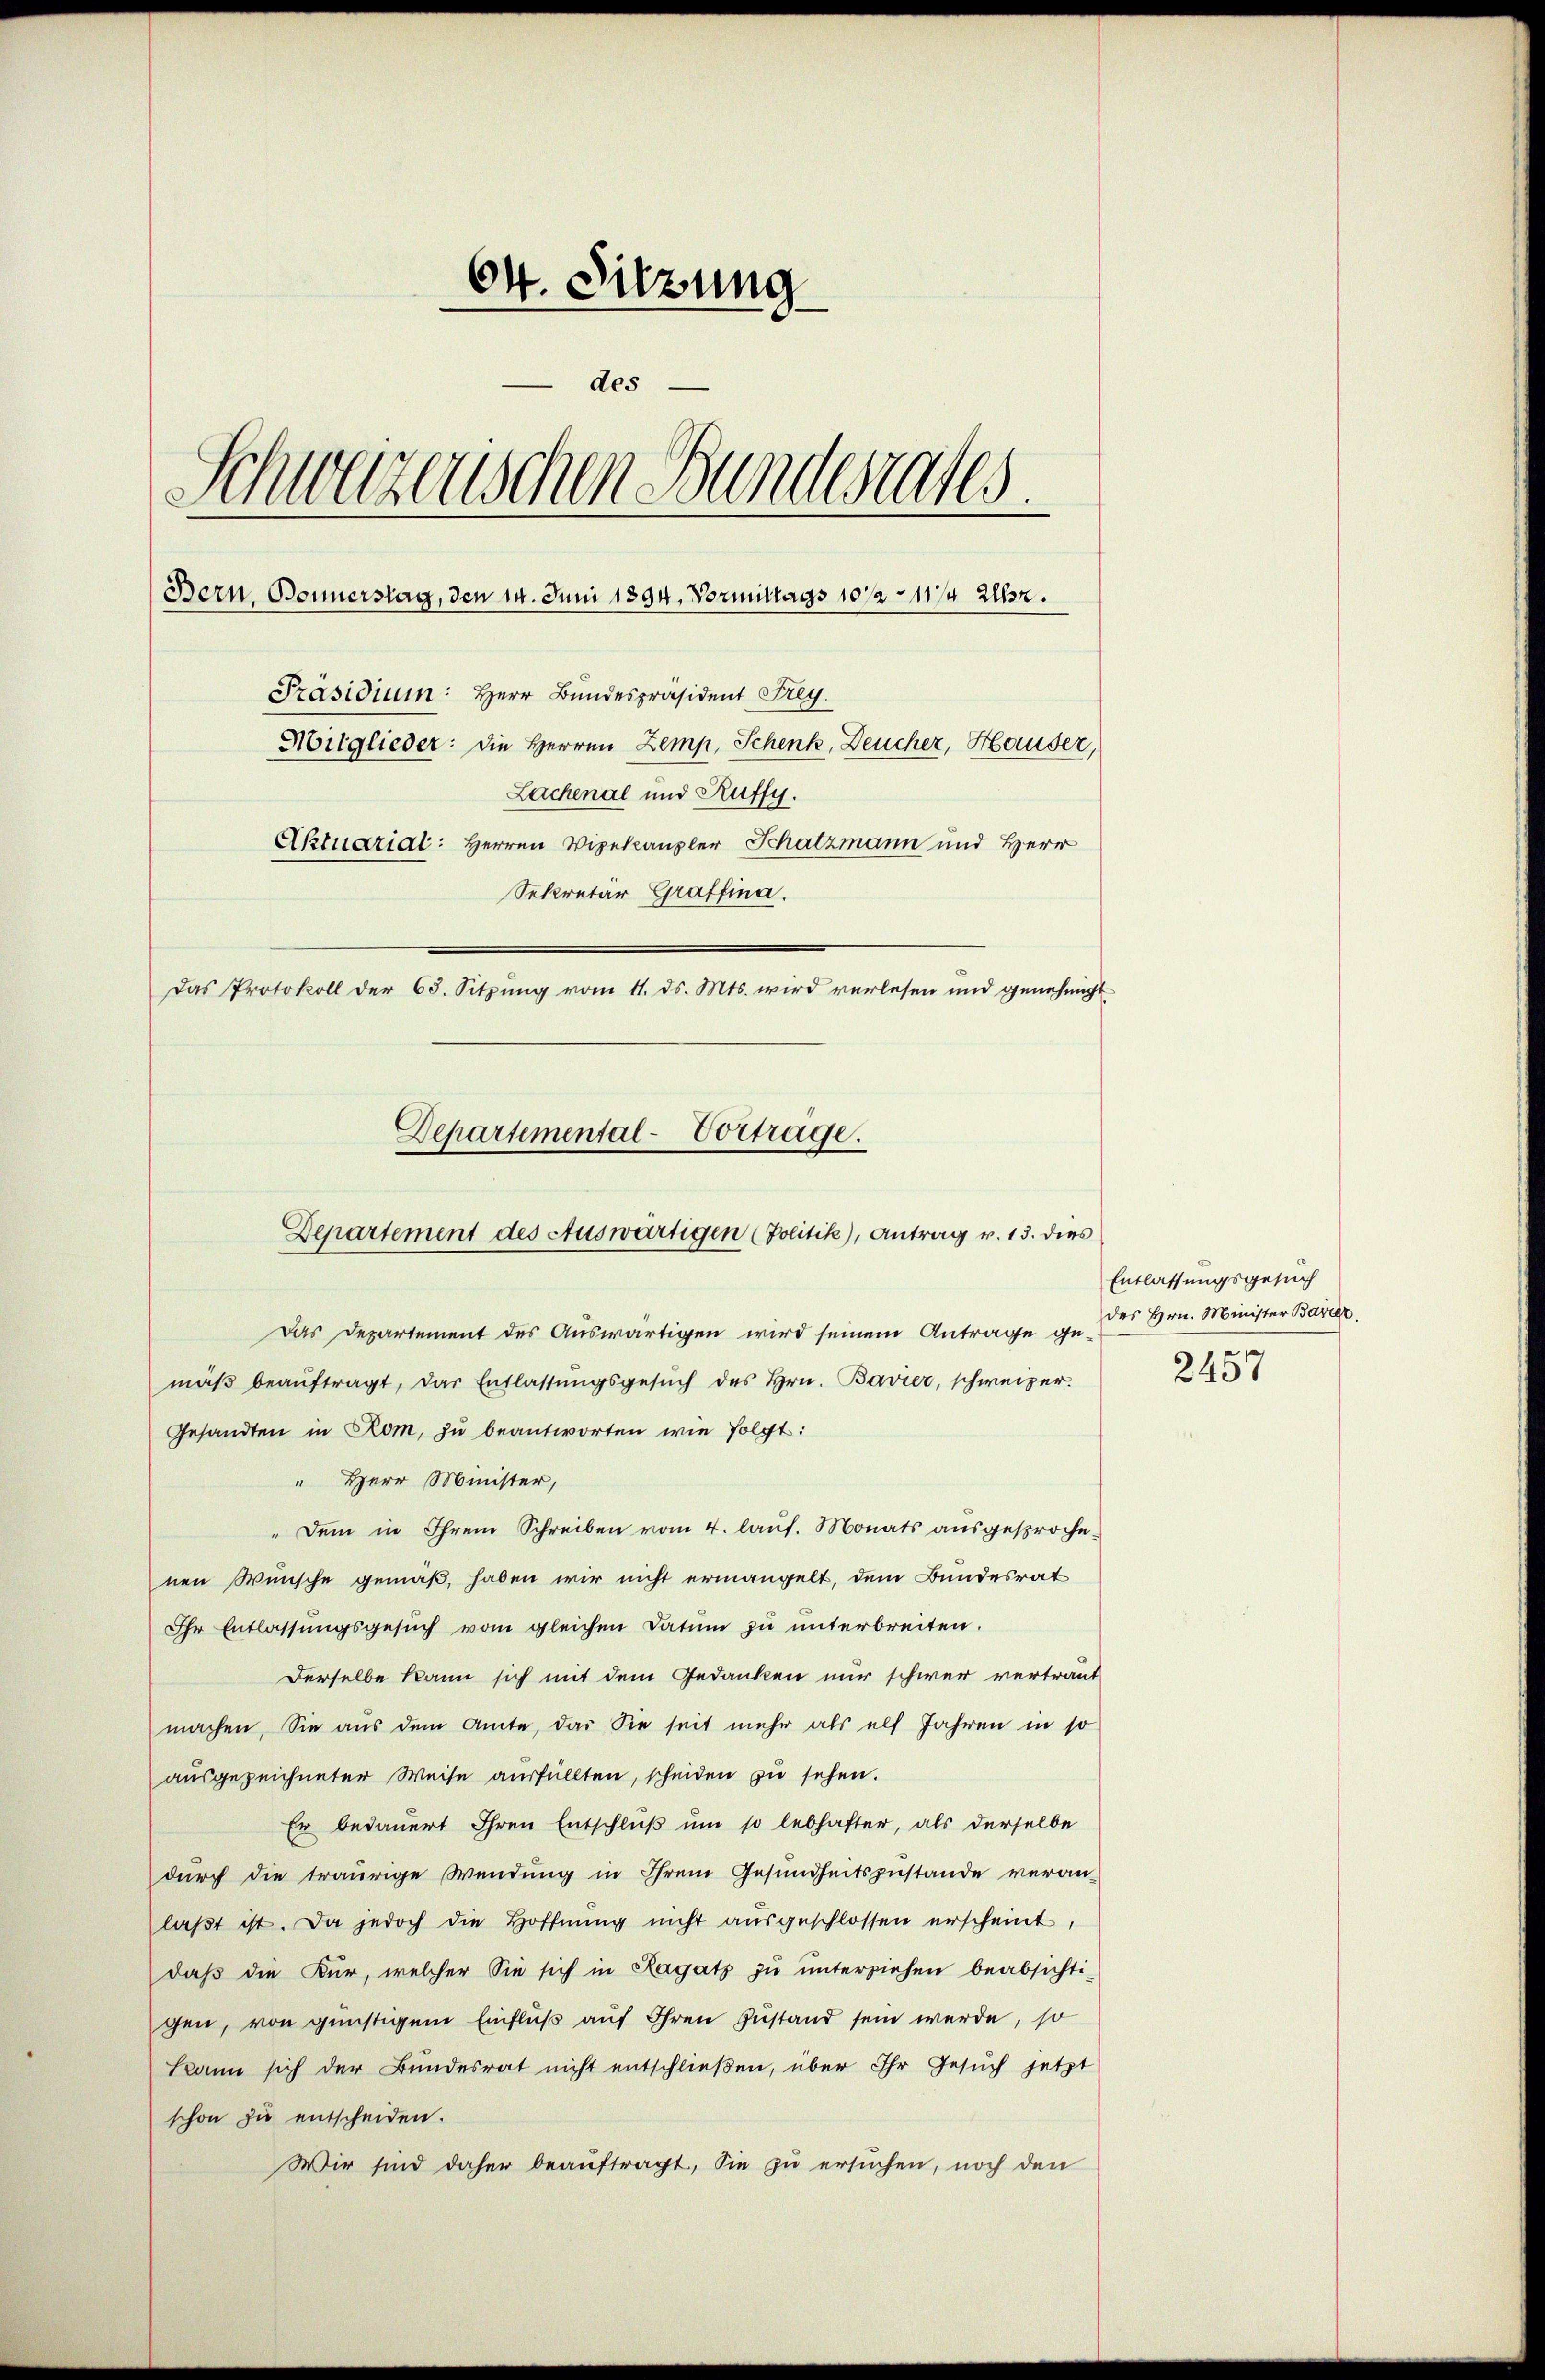
64. Sitzung
des
Schwerzenschen Bundesrates
Bern, Bonnerstag, den 14. Juni 1894. Vormittags 1012 - 117/4 Uhr.
Präsidium: Herr Bundespräsident Frey.
Mitglieder: die Herren Zemp, Schenk, Deucher, Hauser,
Lachenal und Ruffy.
Aktuariat: Herren Vizekanzler Schatzmann und Herr
Sekretär Graffina.

Das Protokoll der 63. Sitzŭng vom 11. ds. Mts. wird verlesen und genehmigt
Departemental-Vortrage.
Departement des Auswärtigen (Politik), Antrag v. 13. dies

Das Departement des Auswärtigen wird seinem Antrage ge-
maβ beaŭftragt, das Entlassŭngsgesŭch des Hrn. Bavier, schweizer.
Gesandten in Rom, zu beantworten wie folgt:
" Herr Minister,
" dem in Ihrem Schreiben vom 4. laŭf. Monats aŭsgesprochenen Wünsche gemäß, haben wir nicht ermangelt, dem Bundesrat
Ihr Entlassŭngsgesŭch vom gleichen Datum zu unterbreiten.
Derselbe kann sich mit dem Gedanken nur schwer vertraut
machen. Sie aus dem Amte, das Sie seit mehr als elf Jahren in so
ausgezeichneter Weise ausfüllten, scheiden zu sehen.
Er bedauert Ihren Entschluß um so lebhafter, als derselbe
durch die traurige Wendung in Ihrem Gesundheitszustande veran-
laβt ist. Da jedoch die Hoffnŭng nicht aŭsgeschlossen erscheint,
daß die Kur, welcher Sie sich in Ragatz zŭ ŭnterziehen beabsichti-
gen, von günstigem Einfluß auf Ihren Zustand sein werde, so
Bann sich der Bundesrat nicht entschließen, über Ihr Gesuch jetzt
schon zu entscheiden.
Wir sind daher beauftragt, die zu ersuchen, noch den

Entlassungsgesuch
des Hrn. Minister Barrer.

2457